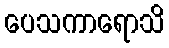
ပေသကာရောသိ